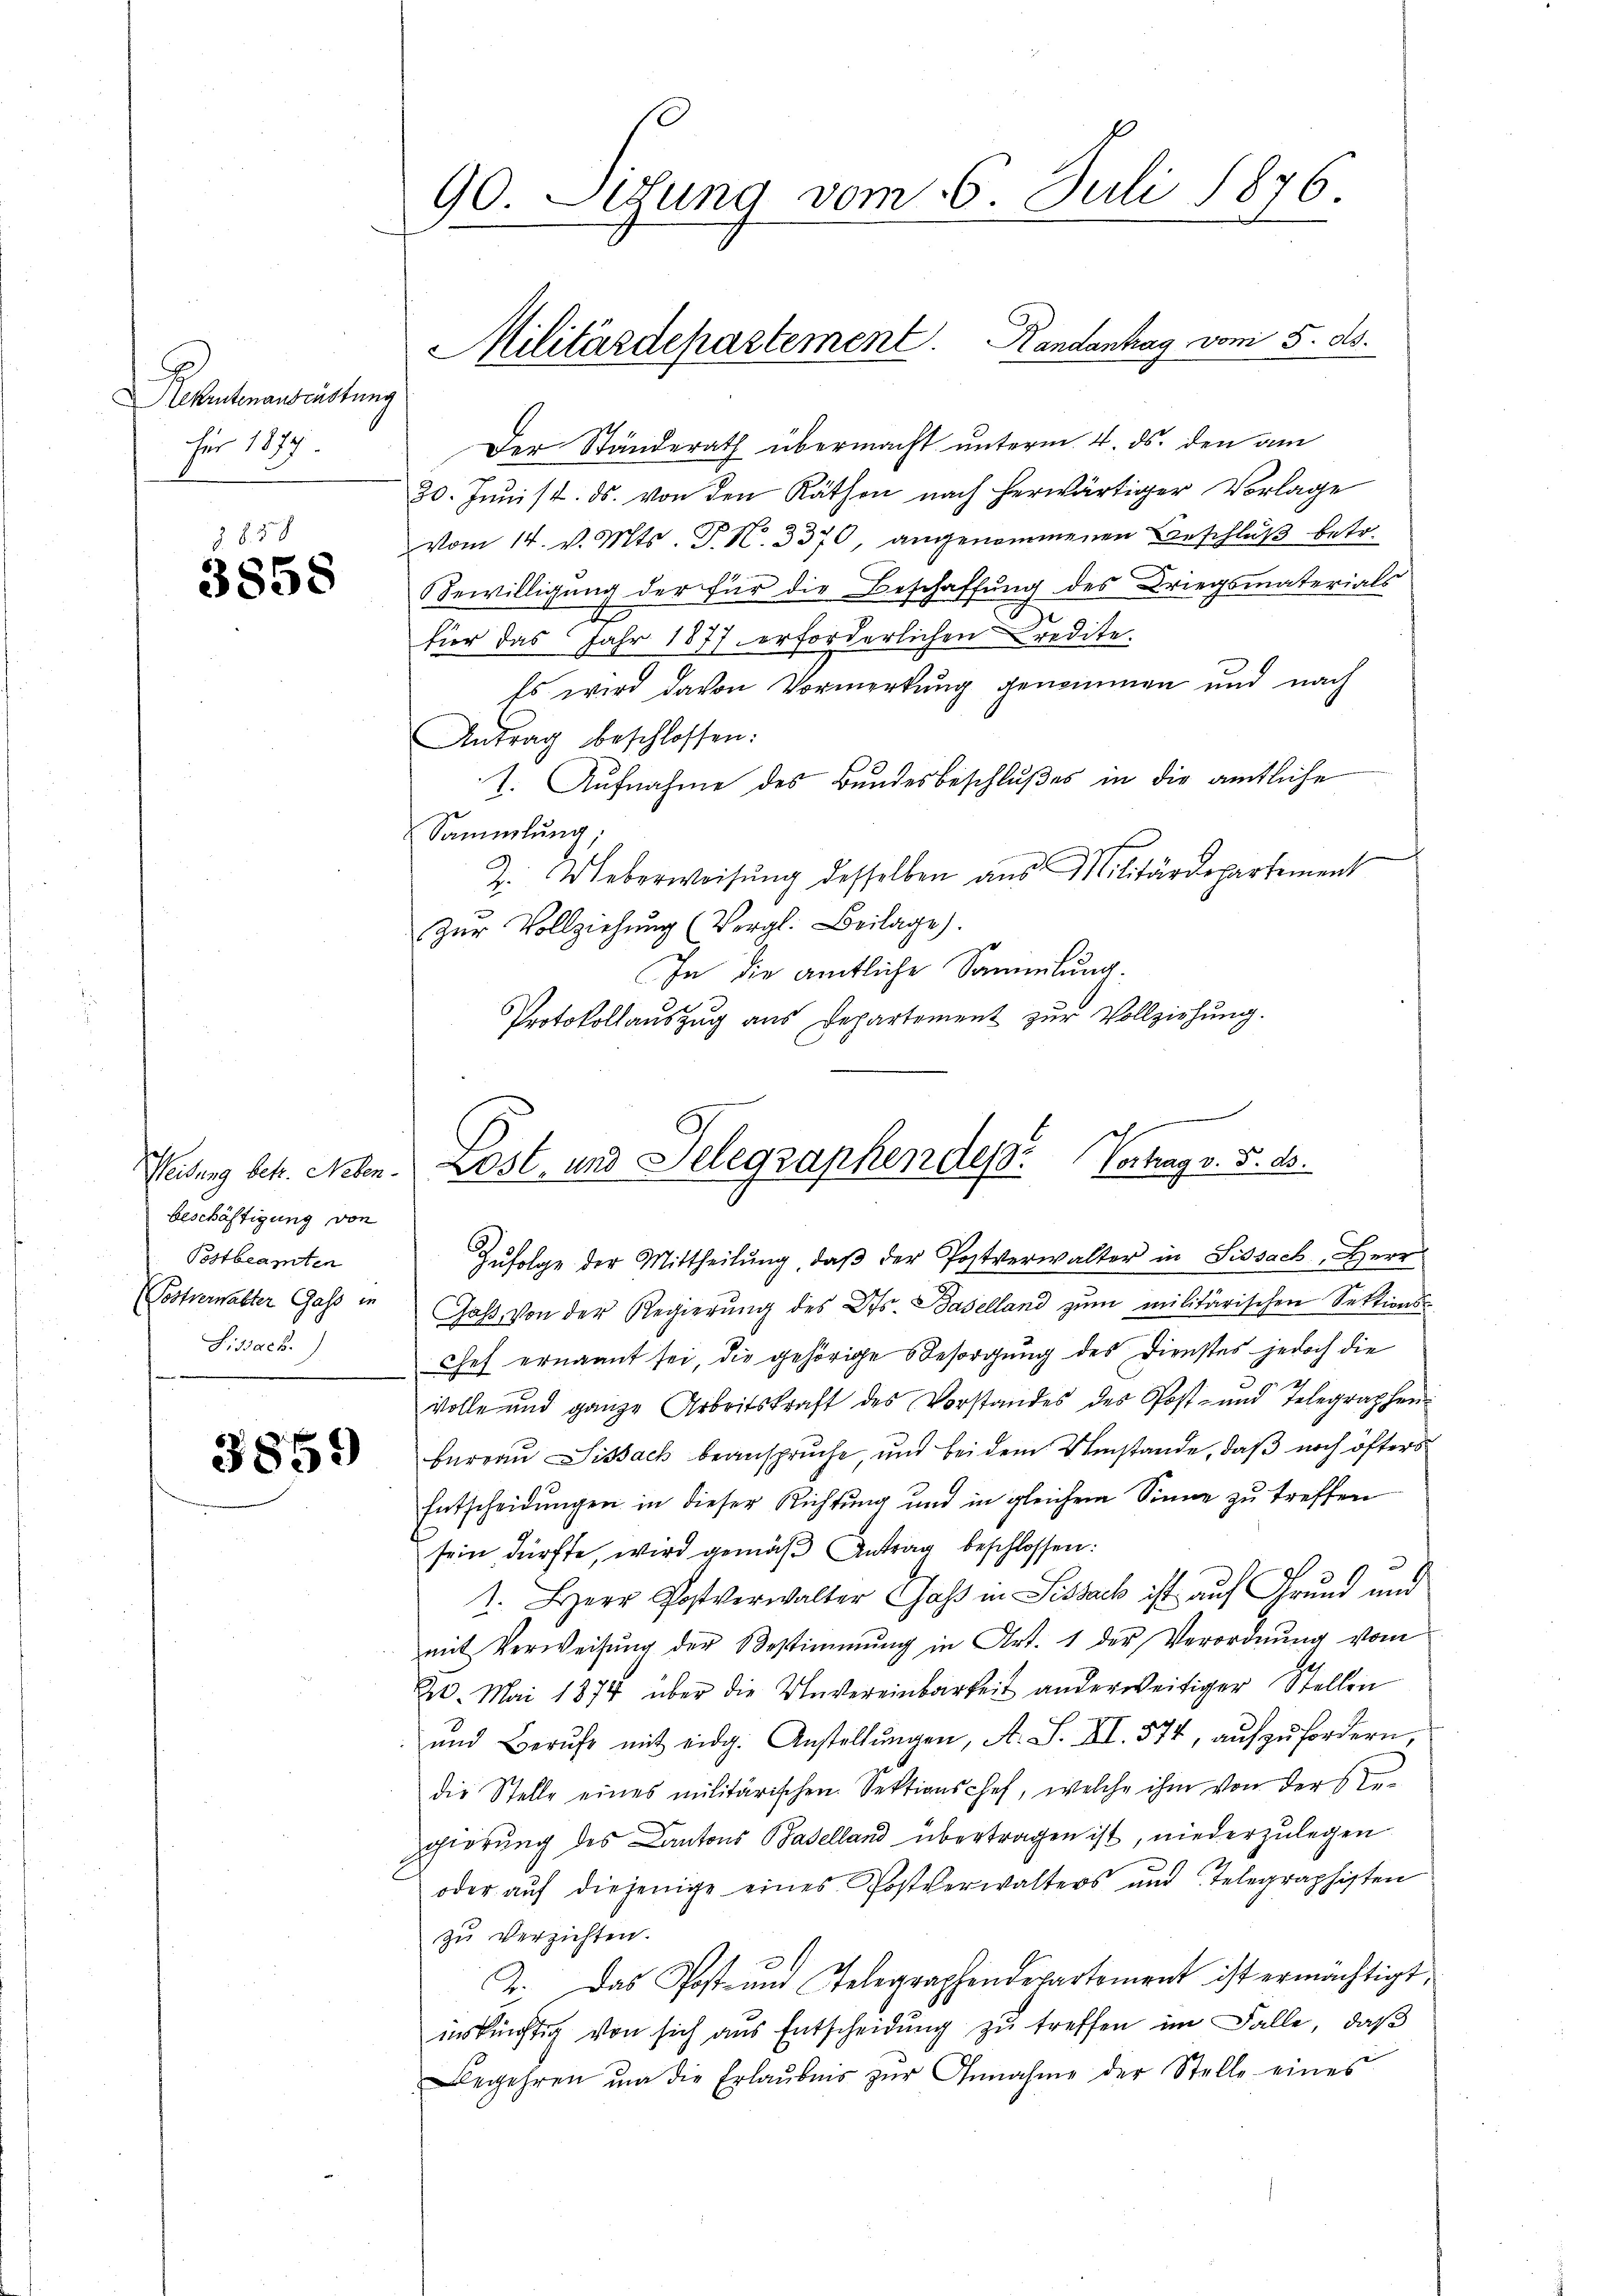
Rekrutenausrüstung
für 1877.

1857
3858

beschäftigung von
Postbeamten
Fissach.)

3859

90. Setzung vom 16. Juli 1876.

Der Ständerath übermacht unterm 4. ds. den am
30. Junist. ds. von den Räthen nach herwärtiger Vorlage
vom 14. v. Mts. P. N. 3370, angenommenen Beschluß betr.
Bewilligung der für die Beschaffung des Kriegsmaterials
für das Jahr 1877 erforderlichen Credite.
Es wird davon Vormerkung genommen und nach
Antrag beschlossen:
I. Aufnahme des Bundesbeschlußes in die amtliche
Sammlung,
h
2. Ueberweisŭng desselben aus Militärdepartement
Zŭr Vollziehung (Vergl. Beilage).
In die amtliche Sammlung.
Protokollauszug aus Departement zur Vollziehung.

Militärdepartement. Randanhag vom 5. ds.

1
Weidung betr. Neben. Lost- und Telegraphen des Vortrag v. 5. ds.

Zŭfolge der Mittheilung, daβ der Postverwalter in Sissach, Herr
(Postverwalter Gass in Gas von der Regierung des Cts. Baselland zum militärischen Sektions-
Chef ernannt sei, die gehörige Besorgung des Dienstes jedoch die
volle und ganze Arbeitskraft des Vorstandes des Post- und Telegraphen
berrau Sissach beanspruche, und bei dem Umstände, daß noch öfters
Entscheidungen in dieser Richtung und in gleichem Sinne zŭ treffen
sein dürfte, wird gemäß Antrag beschlossen:
1. Herr Postverwalter Gass in Sissack ist auf Grund und
mit Verweisung der Bestimmung in Art. 1 der Verordnung vom
20. Mai 1874 über die Unvereinbarkeit anderweitiger Stellen
und Berufs mit eidg. Anstellungen, A. S. XI. 574, aufzufordern,
die Stelle eines militärischen Sektionschef, welche ihm von der Regierung des Cantons Baselland übertragen ist, niederzulegen
oder auf diejenige eines Postverwalters und Telegraphisten
zu verzichten.
2. Das Post- und Telegraphendepartement ist ermächtigt,
inkünftig von sich aus Entscheidŭng zŭ treffen im Falle, daβ
Begehren ŭm die Erlaubnis zŭr Annahme der Stelle eines